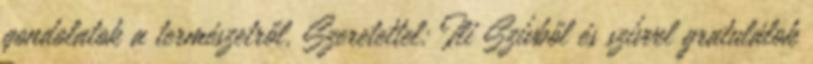
gondolatok a természetről. Szeretettel: Ili Szívből és szívvel gratulálok